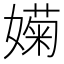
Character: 𡡣